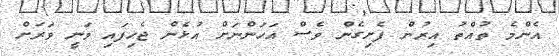
އެންމެ ތުއްތު އިރުން ފެށިގެން ވެސް އަހަންނަށް އުޅެން ޖެހިފައި ވަނީ ވަރަށް